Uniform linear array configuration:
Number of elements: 24
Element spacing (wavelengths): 1
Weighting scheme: kaiser
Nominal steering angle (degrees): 30
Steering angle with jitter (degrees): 29.697
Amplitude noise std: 0.05
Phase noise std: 0.05

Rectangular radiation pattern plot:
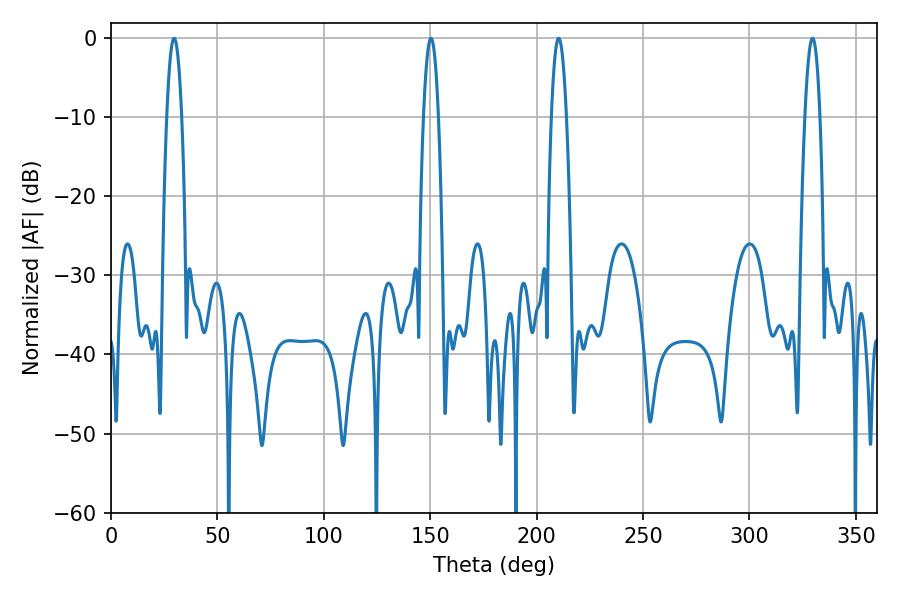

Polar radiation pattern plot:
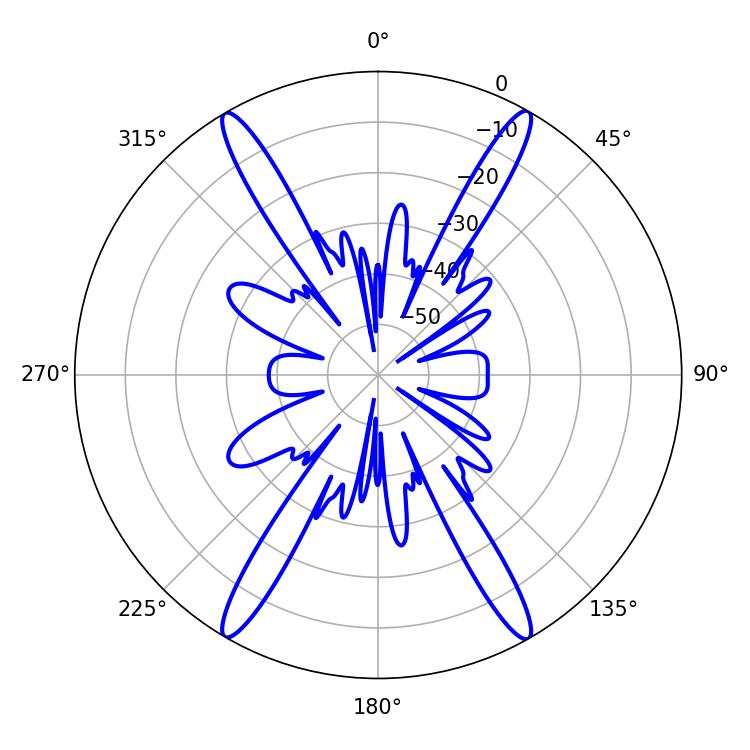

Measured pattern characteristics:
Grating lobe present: TRUE
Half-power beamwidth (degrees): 3.78
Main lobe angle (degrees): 150.3